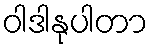
ဝါဒါနုပါတာ